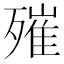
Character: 𣩑